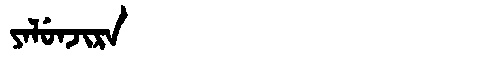
Manchu: ᠶᠠᠯᡠᠨᠵᡳᡵᠠ
Romanization: YALUNJIRA